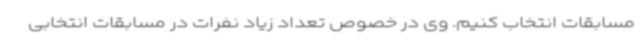
مسابقات انتخاب کنیم. وی در خصوص تعداد زیاد نفرات در مسابقات انتخابی